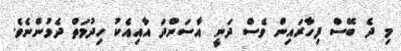
މި ދެ ބޭސް ފިހާރައިން ވެސް ދަނީ އާސަންދަ އާއިއެކު ހިދުމަތް ދެމުންނެވެ.